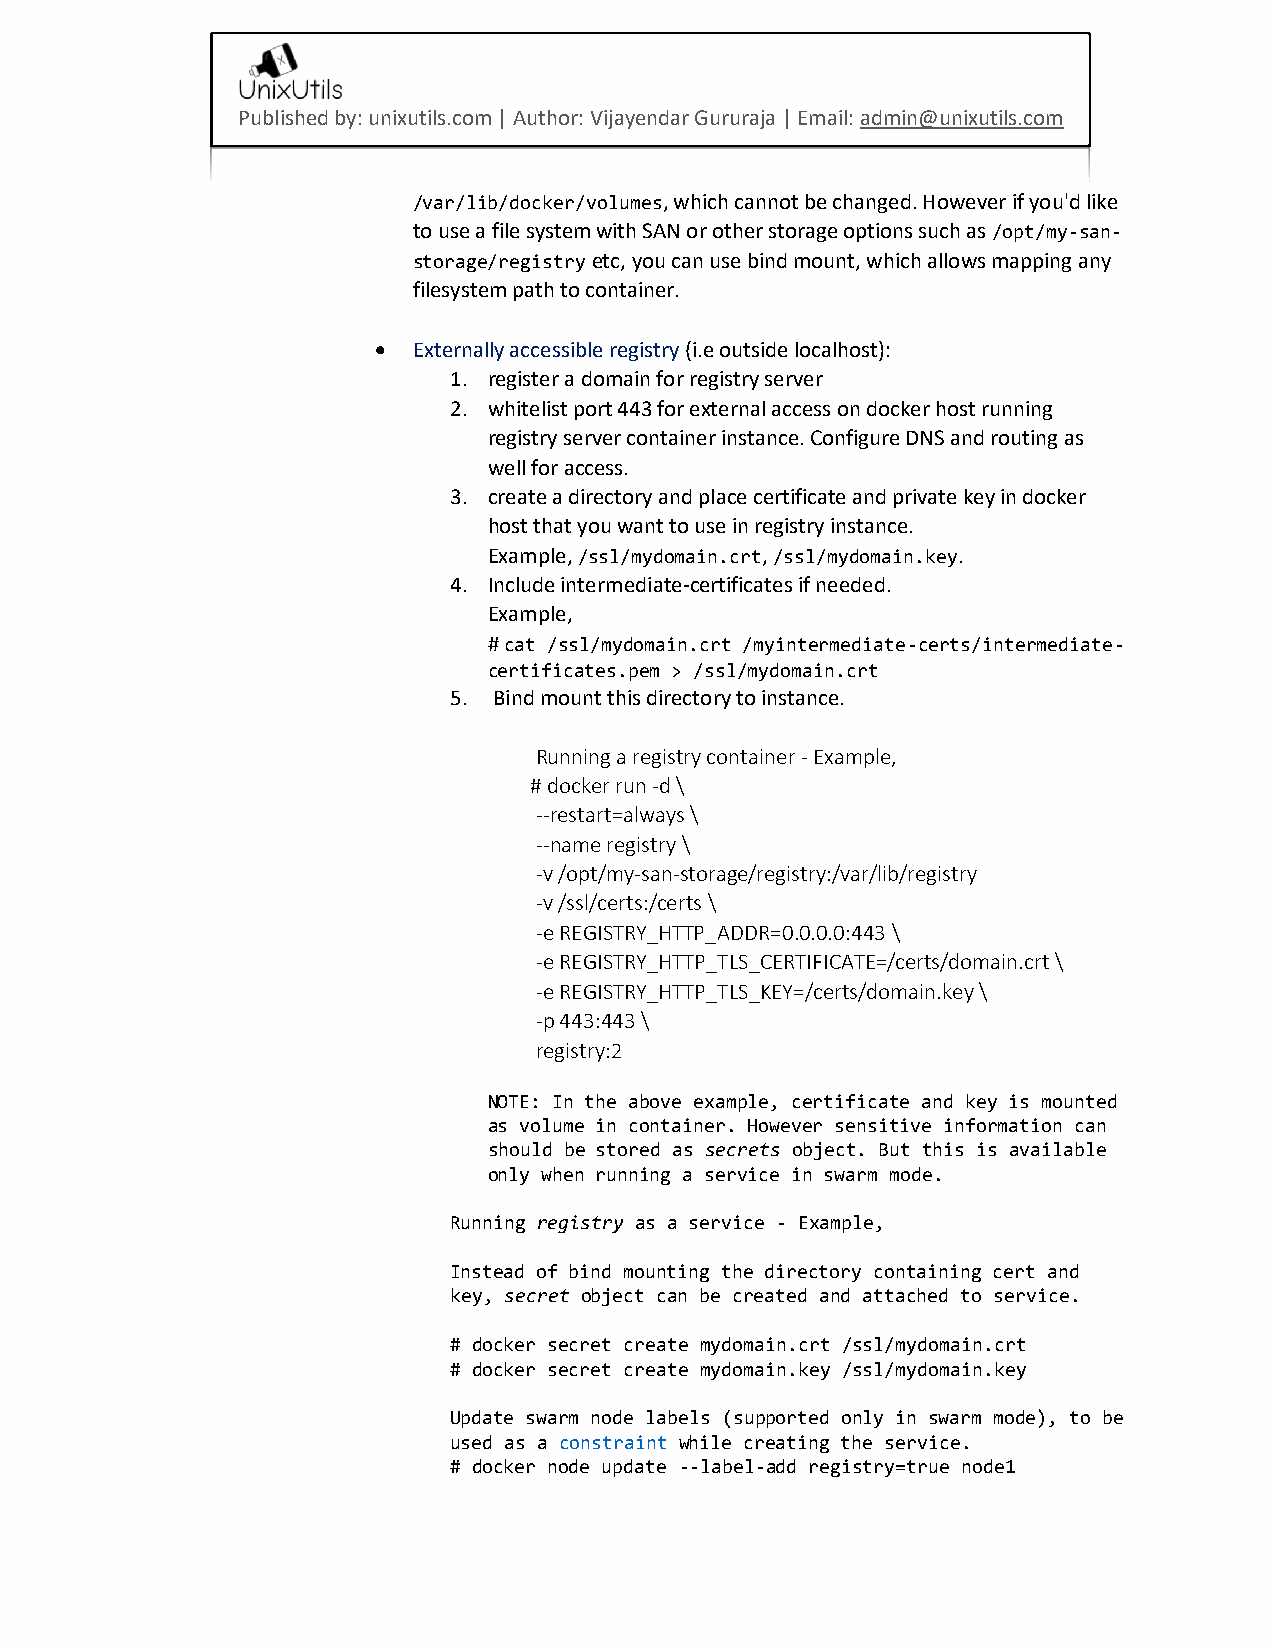
Published by: unixutils.com | Author: Vijayendar Gururaja | Email: admin@unixutils.com
 /var/lib/docker/volumes, which cannot be changed. However if you'd like
 to use a file system with SAN or other storage options such as /opt/my-san-
 storage/registry etc, you can use bind mount, which allows mapping any
 filesystem path to container.
 • Externally accessible registry (i.e outside localhost):
 1. register a domain for registry server
 2. whitelist port 443 for external access on docker host running
 registry server container instance. Configure DNS and routing as
 well for access.
 3. create a directory and place certificate and private key in docker
 host that you want to use in registry instance.
 Example, /ssl/mydomain.crt, /ssl/mydomain.key.
 4. Include intermediate-certificates if needed.
 Example,
 # cat /ssl/mydomain.crt /myintermediate-certs/intermediate-
 certificates.pem > /ssl/mydomain.crt
 5. Bind mount this directory to instance.
 Running a registry container - Example,
 # docker run -d \
 --restart=always \
 --name registry \
 -v /opt/my-san-storage/registry:/var/lib/registry
 -v /ssl/certs:/certs \
 -e REGISTRY_HTTP_ADDR=0.0.0.0:443 \
 -e REGISTRY_HTTP_TLS_CERTIFICATE=/certs/domain.crt \
 -e REGISTRY_HTTP_TLS_KEY=/certs/domain.key \
 -p 443:443 \
 registry:2
 NOTE: In the above example, certificate and key is mounted
 as volume in container. However sensitive information can
 should be stored as secrets object. But this is available
 only when running a service in swarm mode.
 Running registry as a service - Example,
 Instead of bind mounting the directory containing cert and
 key, secret object can be created and attached to service.
 # docker secret create mydomain.crt /ssl/mydomain.crt
 # docker secret create mydomain.key /ssl/mydomain.key
 Update swarm node labels (supported only in swarm mode), to be
 used as a constraint while creating the service.
 # docker node update --label-add registry=true node1